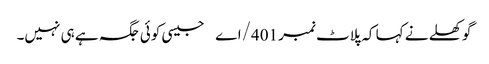
گوکھلے نے کہا کہ پلاٹ نمبر 401/اے جیسی کوئی جگہ ہے ہی نہیں۔